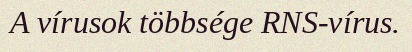
A vírusok többsége RNS-vírus.